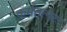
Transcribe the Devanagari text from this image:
कर्मतत्परः